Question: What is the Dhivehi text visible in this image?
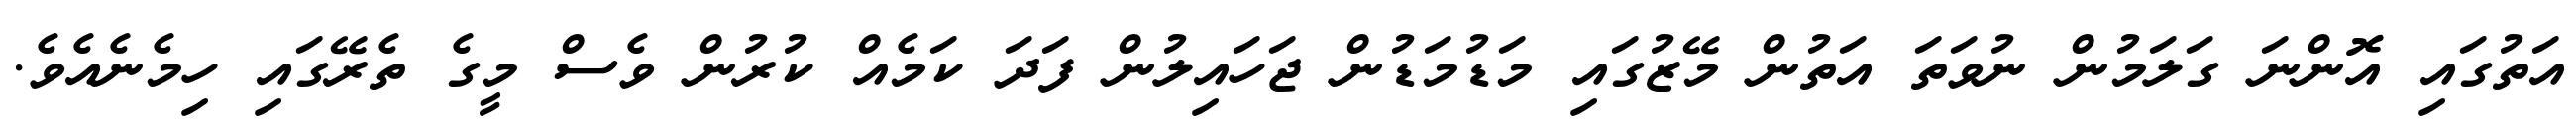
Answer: އަތުގައި އޮންނަ ގަލަމުން ނުވަތަ އަތުން މޭޒުގައި މަޑުމަޑުން ޖަހައިލުން ފަދަ ކަމެއް ކުރުން ވެސް މީގެ ތެރޭގައި ހިމެނެއެވެ.